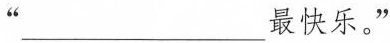
“___最快乐。”